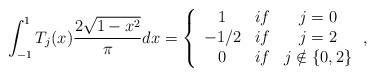
LaTeX: \begin{align*}\int_{-1}^{1}T_{j}(x)\frac{2\sqrt{1-x^{2}}}{\pi}dx=\left\{\begin{array}[c]{ccc}1 & if & j=0\\-1/2 & if & j=2\\0 & if & j\notin\{0,2\}\end{array}\right. , \end{align*}